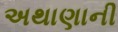
અથાણાની